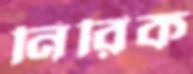
নিরিক